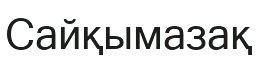
Сайқымазақ